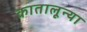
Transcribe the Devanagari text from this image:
कातालून्या